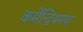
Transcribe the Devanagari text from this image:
कर्मेन्द्रियमया